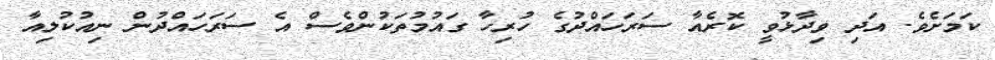
ކަމަށެވެ. އަދި ވިދާޅުވީ ކޮރެއާ ސަރަހައްދުގެ ހުރިހާ ގައުމުތަކުންވެސް އެ ސަރަހައްދުން ނިއުކުލިއާ